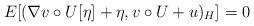
LaTeX: \begin{align*}E[(\nabla v\circ U[\eta]+\eta,v\circ U+u)_H]=0\end{align*}